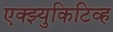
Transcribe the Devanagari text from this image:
एक्झ्युकिटिव्ह